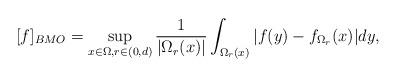
LaTeX: \begin{align*}[f]_{BMO}=\sup_{x\in\Omega,r\in(0,d)}\frac{1}{|\Omega_r(x)|}\int_{\Omega_r(x)}|f(y)-f_{\Omega_r}(x)|dy,\end{align*}